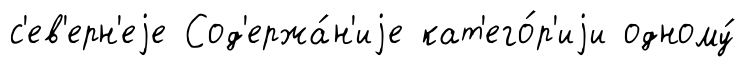
с'ев'ерн'еjе Сод'ержа́н'иjе кат'его́р'иjи одному́